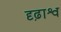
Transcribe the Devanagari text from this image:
दृढ़ाश्व